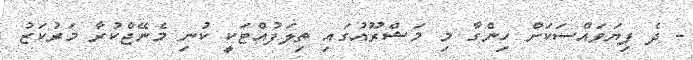
- ދެ ފިޔަވައްސަކަށް ހިންގާ މި މަޝްރޫއުގައި ތިލަފުއްޓަކީ ކުނި މެނޭޖްކުރާ މަރުކަޒު